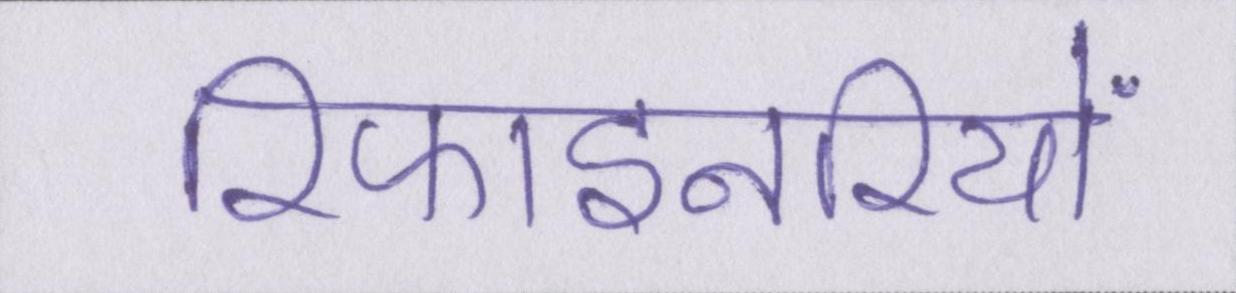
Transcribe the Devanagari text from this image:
रिफाइनरियों